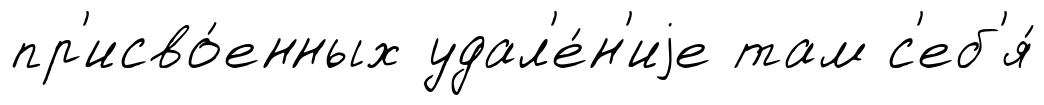
пр'исво́енных удал'е́н'иjе там с'еб'я́